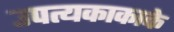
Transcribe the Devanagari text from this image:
उपत्यकाकाके